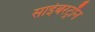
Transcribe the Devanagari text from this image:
साईबरट्राॅन